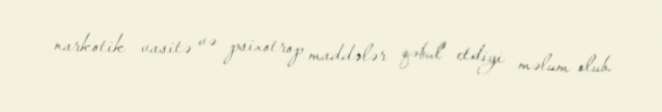
narkotik vasitə və psixotrop maddələr qəbul etdiyi məlum olub.